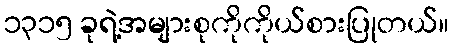
၁၃၁၅ ခုရဲ့အများစုကိုကိုယ်စားပြုတယ်။